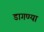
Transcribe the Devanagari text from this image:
डागण्या